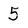
Character: 5